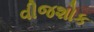
વીજશોક